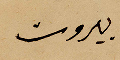
بيروت